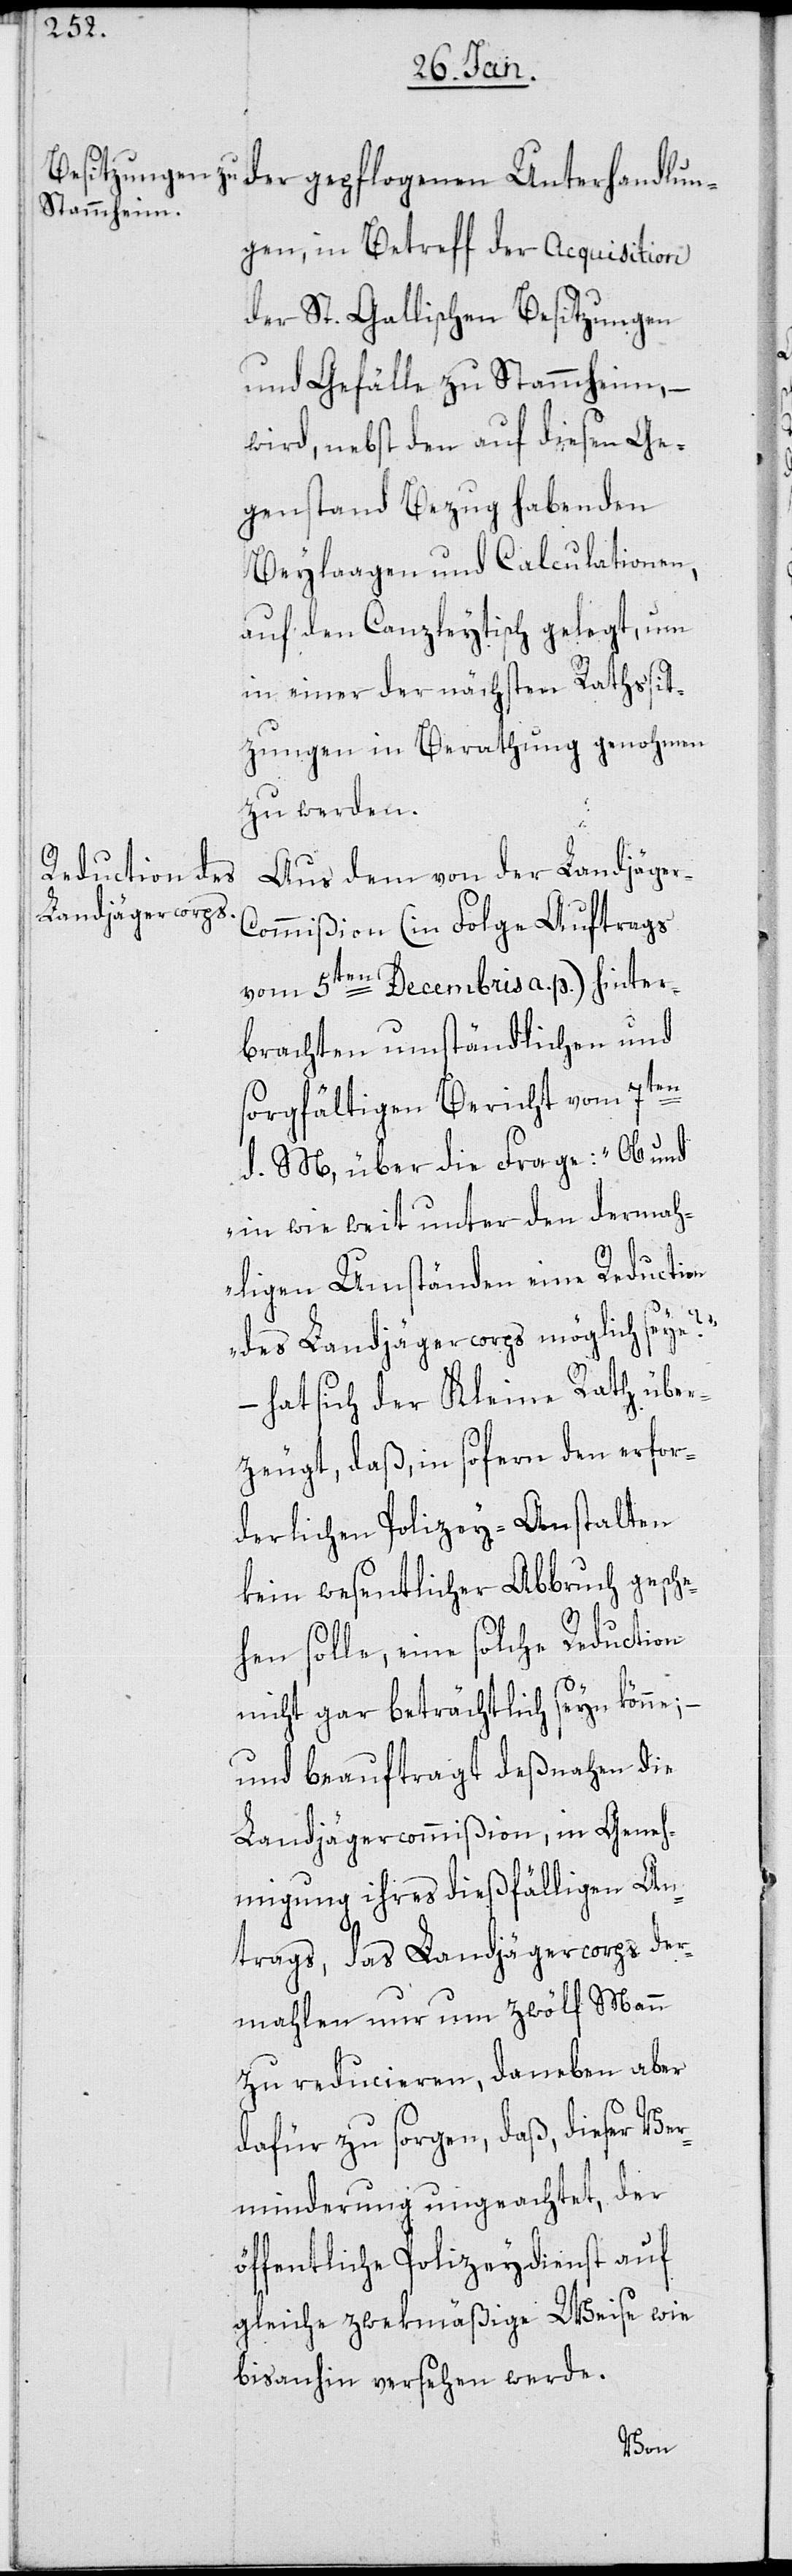
Unterhandlun¬
gen, in Betreff der Acquisition
der St. Gallischen Besitzungen
und Gefälle zu Stammheim, –
wird nebst den auf diesen Ge¬
genstand Bezug habenden
Beylaagen und Calculationen,
auf den Canzleytisch gelegt, um
in einer der nächsten Rathssit¬
zungen in Berathung genohmen
zu werden.
Aus dem von der Landjäger-C¬
ommißion (in Folge Auftrags
vom 5ten Decembris a. p.) hinter¬
brachten umständlichen und
sorgfältigen Bericht vom 7ten
d. M. über die Frage: „Ob und
in wie weit unter den dermah¬
ligen Umständen eine Reduction
des Landjägercorps möglich seye?“
– hat sich der Kleine Rath über¬
zeugt, daß, in so fern den erfor¬
derlichen Polizey-Anstalten
kein wesentlicher Abbruch gesche¬
hen solle, eine solche Reduction
nicht gar beträchtlich seyn könne; –
und beauftragt deßnahen die
Landjägercommißion, in Geneh¬
migung ihres dießfälligen An¬
trags, das Landjägercorps der¬
mahlen nur um zwölf Mann
zu reducieren, daneben aber
dafür zu sorgen, daß, dieser Ver¬
minderung ungeachtet, der
öffentliche Polizeydienst auf
gleiche zwekmäßige Weise wie
bis anhin versehen werde.